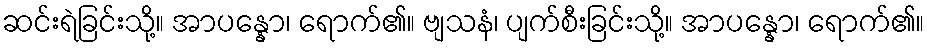
ဆင်းရဲခြင်းသို့။ အာပန္နော၊ ရောက်၏။ ဗျသနံ၊ ပျက်စီးခြင်းသို့။ အာပန္နော၊ ရောက်၏။